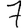
Digit: 7